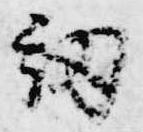
紐